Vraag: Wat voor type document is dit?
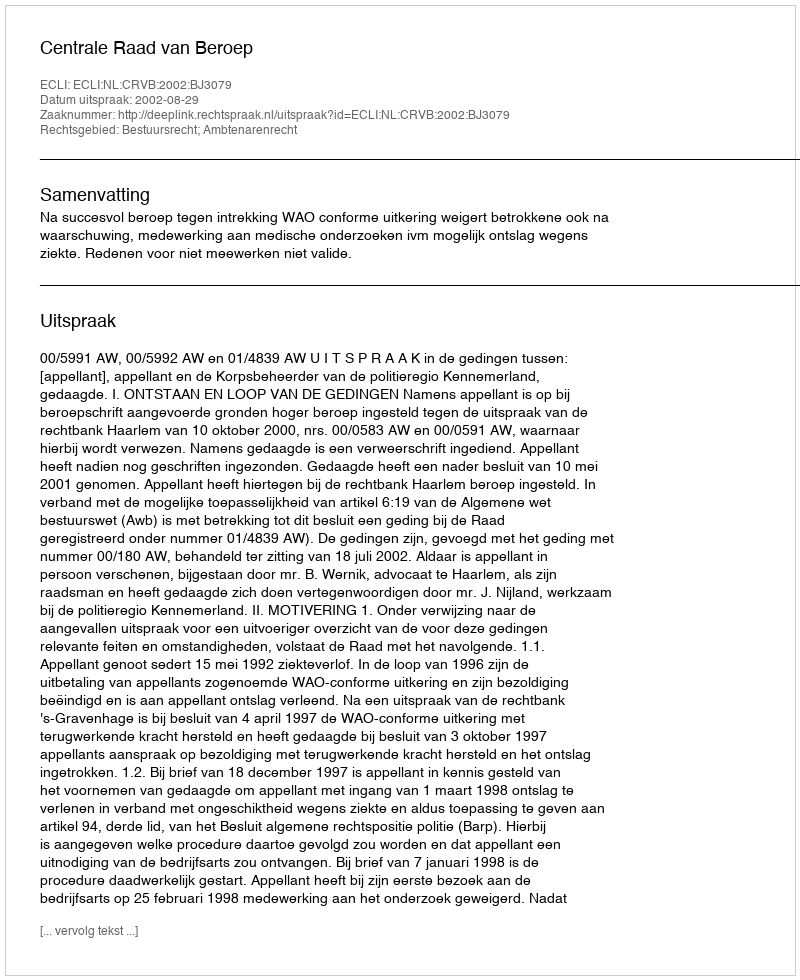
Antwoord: Uitspraak